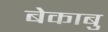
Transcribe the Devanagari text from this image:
बेकाबु